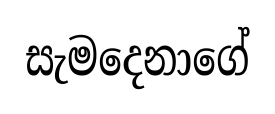
සැමදෙනාගේ